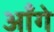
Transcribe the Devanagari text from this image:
आँगे